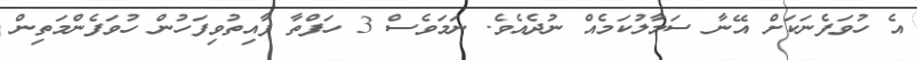
އެ ހުވަފެނަކަށް އޭނާ ސަމާލުކަމެއް ނުދެއެވެ. ނަމަވެސް 3 ހަފްތާ ފާއިތުވިފަހުން ހުވަފެންމަތިން